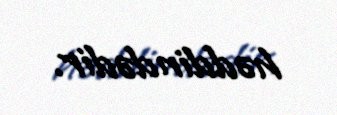
həddindədir.